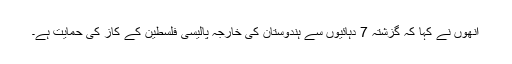
انھوں نے کہا کہ گزشتہ 7 دہائیوں سے ہندوستان کی خارجہ پالیسی فلسطین کے کاز کی حمایت ہے۔